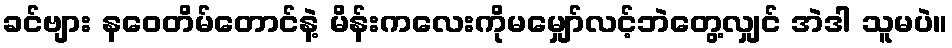
ခင်ဗျား နဝေတိမ်တောင်နဲ့ မိန်းကလေးကိုမမျှော်လင့်ဘဲတွေ့လျှင် အဲဒါ သူမပဲ။